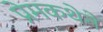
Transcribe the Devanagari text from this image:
प्रेमकथेने